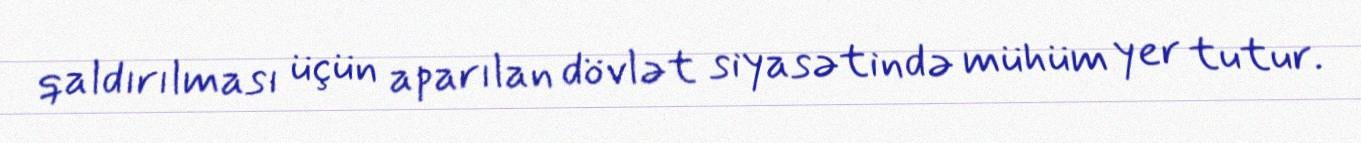
qaldırılması üçün aparılan dövlət siyasətində mühüm yer tutur.